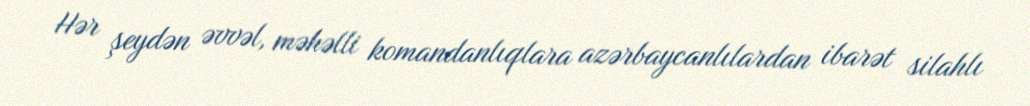
Hər şeydən əvvəl, məhəlli komandanlıqlara azərbaycanlılardan ibarət silahlı